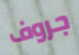
جروف